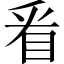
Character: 㸔